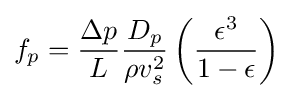
f_{p}={\frac {\Delta p}{L}}{\frac {D_{p}}{\rho v_{s}^{2}}}\left({\frac {\epsilon ^{3}}{1-\epsilon }}\right)